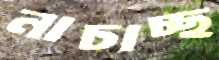
নাচাচ্ছ